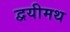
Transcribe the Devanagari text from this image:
द्वयीमथ